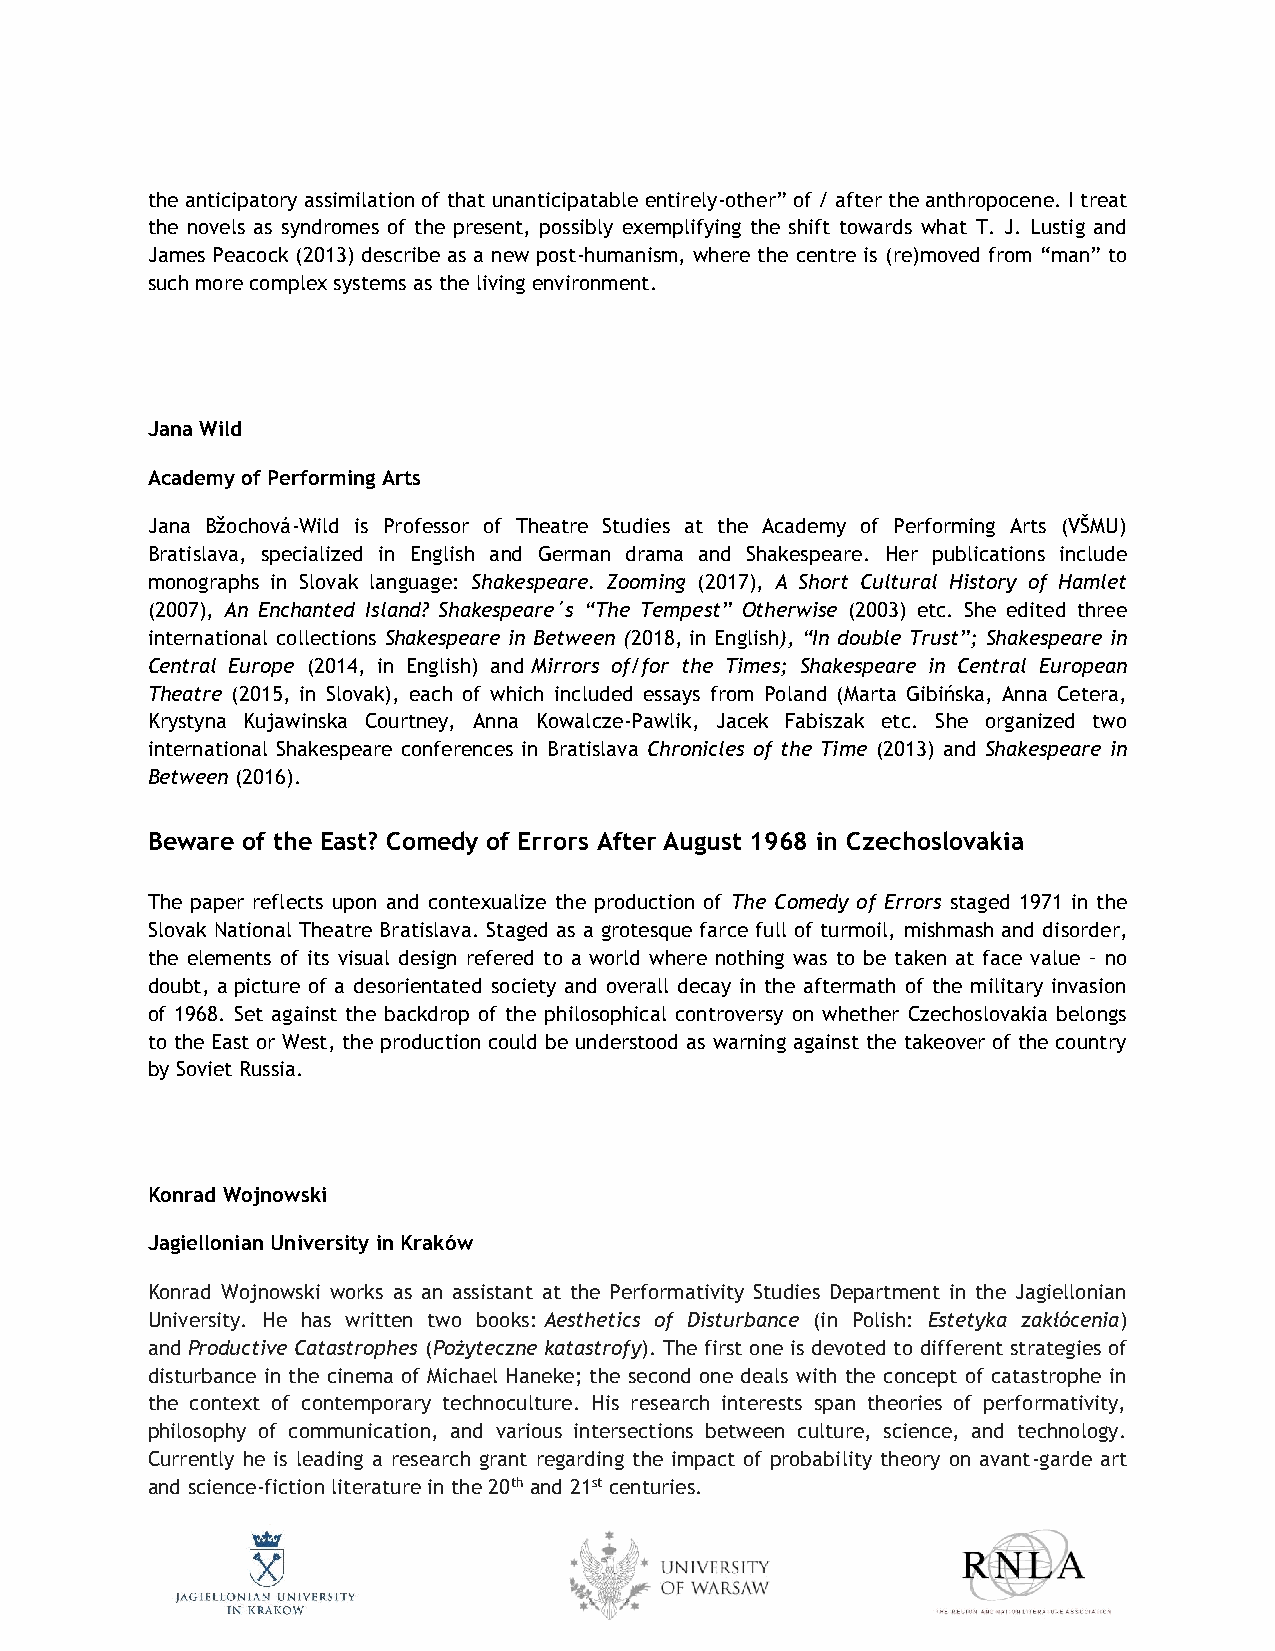
the anticipatory assimilation of that unanticipatable entirely-other” of / after the anthropocene. I treat
 the novels as syndromes of the present, possibly exemplifying the shift towards what T. J. Lustig and
 James Peacock (2013) describe as a new post-humanism, where the centre is (re)moved from “man” to
 such more complex systems as the living environment.
 Jana Wild
 Academy of Performing Arts
 Jana Bžochová-Wild is Professor of Theatre Studies at the Academy of Performing Arts (VŠMU)
 Bratislava, specialized in English and German drama and Shakespeare. Her publications include
 monographs in Slovak language: Shakespeare. Zooming (2017), A Short Cultural History of Hamlet
 (2007), An Enchanted Island? Shakespeare´s “The Tempest” Otherwise (2003) etc. She edited three
 international collections Shakespeare in Between (2018, in English), “In double Trust”; Shakespeare in
 Central Europe (2014, in English) and Mirrors of/for the Times; Shakespeare in Central European
 Theatre (2015, in Slovak), each of which included essays from Poland (Marta Gibińska, Anna Cetera,
 Krystyna Kujawinska Courtney, Anna Kowalcze-Pawlik, Jacek Fabiszak etc. She organized two
 international Shakespeare conferences in Bratislava Chronicles of the Time (2013) and Shakespeare in
 Between (2016).
 Beware of the East? Comedy of Errors After August 1968 in Czechoslovakia
 The paper reflects upon and contexualize the production of The Comedy of Errors staged 1971 in the
 Slovak National Theatre Bratislava. Staged as a grotesque farce full of turmoil, mishmash and disorder,
 the elements of its visual design refered to a world where nothing was to be taken at face value – no
 doubt, a picture of a desorientated society and overall decay in the aftermath of the military invasion
 of 1968. Set against the backdrop of the philosophical controversy on whether Czechoslovakia belongs
 to the East or West, the production could be understood as warning against the takeover of the country
 by Soviet Russia.
 Konrad Wojnowski
 Jagiellonian University in Kraków
 Konrad Wojnowski works as an assistant at the Performativity Studies Department in the Jagiellonian
 University. He has written two books: Aesthetics of Disturbance (in Polish: Estetyka zakłócenia)
 and Productive Catastrophes (Pożyteczne katastrofy). The first one is devoted to different strategies of
 disturbance in the cinema of Michael Haneke; the second one deals with the concept of catastrophe in
 the context of contemporary technoculture. His research interests span theories of performativity,
 philosophy of communication, and various intersections between culture, science, and technology.
 Currently he is leading a research grant regarding the impact of probability theory on avant-garde art
 and science-fiction literature in the 20th and 21st centuries.